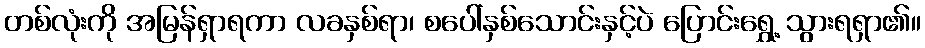
တစ်လုံးကို အမြန်ရှာရကာ လခနှစ်ရာ၊ စပေါ်နှစ်သောင်းနှင့်ပဲ ပြောင်းရွှေ့ သွားရရှာ၏။